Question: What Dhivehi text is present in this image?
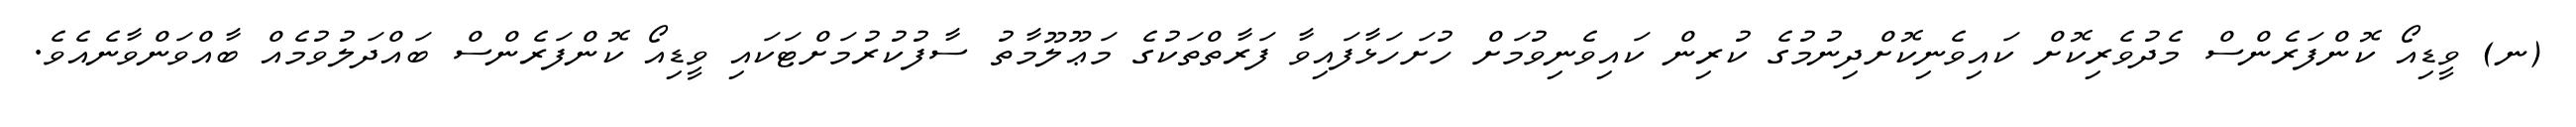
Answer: (ނ) ވީޑިއޯ ކޮންފަރެންސް މެދުވެރިކޮށް ކައިވެނިކޮށްދިނުމުގެ ކުރިން ކައިވެނިވުމަށް ހުށަހަޅާފައިވާ ފަރާތްތަކުގެ މަޢޫލޫމާތު ސާފުކުރުމަށްޓަކައި ވީޑިއޯ ކޮންފަރެންސް ބައްދަލުވުމެއް ބާއްވަންވާނެއެވެ.